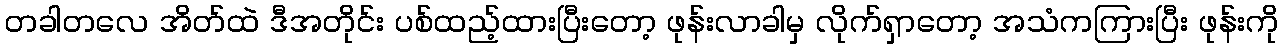
တခါတလေ အိတ်ထဲ ဒီအတိုင်း ပစ်ထည့်ထားပြီးတော့ ဖုန်းလာခါမှ လိုက်ရှာတော့ အသံကကြားပြီး ဖုန်းကို